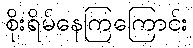
စိုးရိမ်နေကြကြောင်း